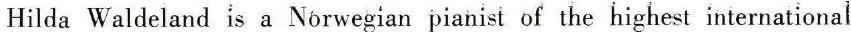
Hilda Waldeland is a Norwegian pianist of the highest international